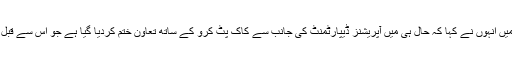
اپنے استعفے میں انہوں نے کہا کہ حال ہی میں آپریشنز ڈیپارٹمنٹ کی جانب سے کاک پٹ کرو کے ساتھ تعاون ختم کردیا گیا ہے جو اس سے قبل پہلے نہیں ہوا۔